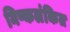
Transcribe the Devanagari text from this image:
निष्कलंकित